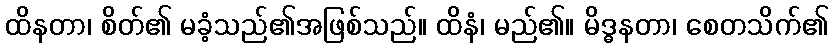
ထိနတာ၊ စိတ်၏ မခံ့သည်၏အဖြစ်သည်။ ထိနံ၊ မည်၏။ မိဒ္ဓနတာ၊ စေတသိက်၏